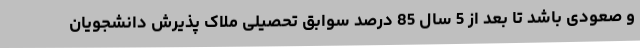
و صعودی باشد تا بعد از 5 سال 85 درصد سوابق تحصیلی ملاک پذیرش دانشجویان